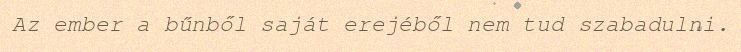
Az ember a bűnből saját erejéből nem tud szabadulni.